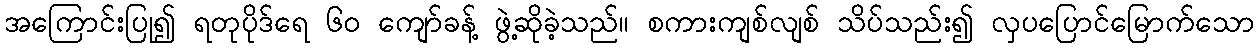
အကြောင်းပြု၍ ရတုပိုဒ်ရေ ၆၀ ကျော်ခန့် ဖွဲ့ဆိုခဲ့သည်။ စကားကျစ်လျစ် သိပ်သည်း၍ လှပပြောင်မြောက်သော